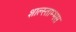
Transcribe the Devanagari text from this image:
शाल्स्ताम्भस